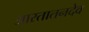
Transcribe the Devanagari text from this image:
आरतातनदेव